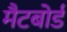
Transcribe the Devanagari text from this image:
मैटबोर्ड